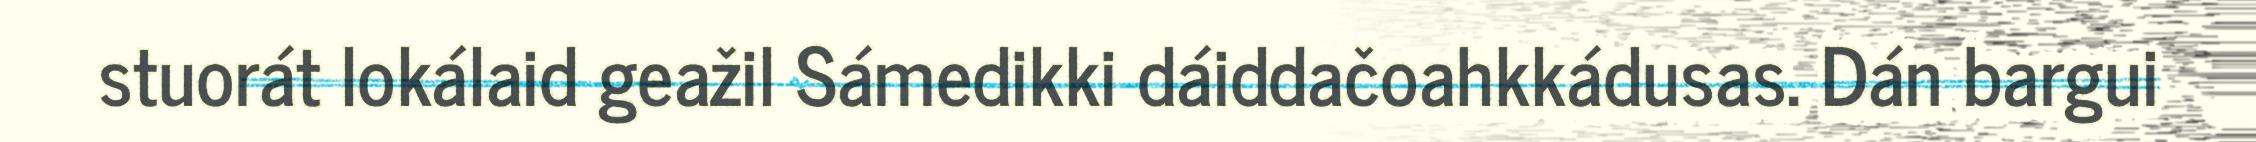
stuorát lokálaid geažil Sámedikki dáiddačoahkkádusas. Dán bargui